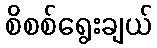
စိစစ်ရွေးချယ်